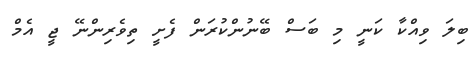
ބިލަ ވިއްކާ ކަނީ މި ބަސް ބޭނުންކުރަން ފެށީ ތިވެރިންނޭ ޖީ އެމް